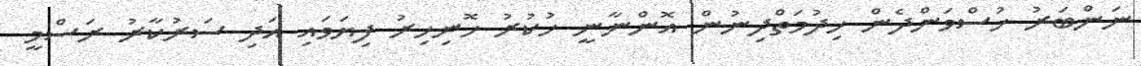
ނަންބަރު ހުސްވަންދެން ޚިދުމަތްދިނުން އޮންނާނީ ހުކުރު ހޮނިހިރު ފިޔަވައި އަދި ސަރުކާރު ރަސްމީ